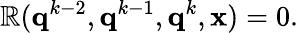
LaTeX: \mathbb{R}(\mathbf{{q}}^{k-2},\mathbf{{q}}^{k-1},\mathbf{{q}}^{k},\mathbf{{x}})=0.